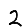
Digit: 2